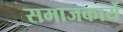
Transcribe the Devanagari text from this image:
समाजकार्ये